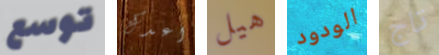
توسع اعدك هيل الودود تاج